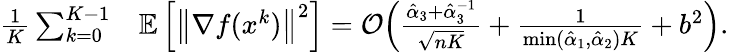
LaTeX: \begin{array}{rl}{\frac{1}{K}\sum_{k=0}^{K-1}}&{\mathbb{E}\left[\left\| \nabla f(x^{k})\right\| ^{2}\right]=\mathcal{O}\Big(\frac{\hat{\alpha}_{3}+\hat{\alpha}_{3}^{-1}}{\sqrt{nK}}+\frac{1}{\operatorname*{min}(\hat{\alpha}_{1},\hat{\alpha}_{2})K}+{b^{2}}\Big).}\end{array}